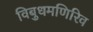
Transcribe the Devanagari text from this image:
विबुधमणिरिव